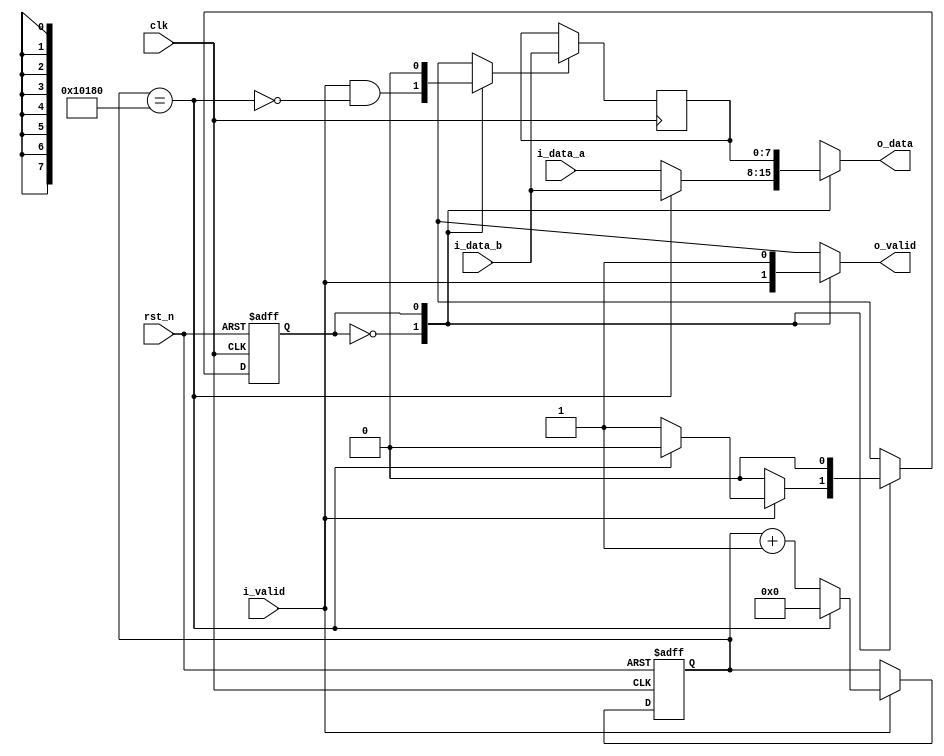
`timescale 1ns / 1ps

module pe_outcha_double_obuffer #(
    parameter DATA_WIDTH = 8,
    parameter IN_WIDTH   = 513,
    parameter IN_HEIGHT  = 257,
    parameter KERNEL_0   = 3,
    parameter KERNEL_1   = 3,
    parameter DILATION_0 = 2,
    parameter DILATION_1 = 2,
    parameter PADDING_0  = 2,
    parameter PADDING_1  = 2,
    parameter STRIDE_0   = 1,
    parameter STRIDE_1   = 1
)(
    output reg [DATA_WIDTH-1:0] o_data,
    output reg                  o_valid,
    input      [DATA_WIDTH-1:0] i_data_a,
    input      [DATA_WIDTH-1:0] i_data_b,
    input                       i_valid,
    input                       clk,
    input                       rst_n
);

    // If num output pixels is odd
    localparam OUT_HEIGHT = (IN_HEIGHT + 2 * PADDING_0 - DILATION_0 * (KERNEL_0 - 1) - 1) / STRIDE_0 + 1;
    localparam OUT_WIDTH  = (IN_WIDTH  + 2 * PADDING_1 - DILATION_1 * (KERNEL_1 - 1) - 1) / STRIDE_1 + 1;
    localparam OUT_PIXELS = OUT_HEIGHT * OUT_WIDTH;

    wire last_odd;

    generate
        if (OUT_PIXELS % 2) begin : gen0
            localparam COUNTER_MAX = (OUT_PIXELS + 1) / 2;

            reg [$clog2(COUNTER_MAX)-1:0] out_pixel_cnt;
            assign last_odd = out_pixel_cnt == COUNTER_MAX - 1;

            always @ (posedge clk or negedge rst_n) begin
                if (~rst_n) begin
                    out_pixel_cnt <= 0;
                end
                else if (i_valid) begin
                    out_pixel_cnt <= last_odd ? 0 : out_pixel_cnt + 1;
                end
            end
        end
        else begin : gen1
            assign last_odd = 1'b0;
        end
    endgenerate

    // Buffer
    reg [DATA_WIDTH-1:0] buffer;
    reg                  buffer_en;

    always @ (posedge clk) begin
        if (buffer_en) begin
            buffer <= i_data_b;
        end
    end

    // Control FSM
    localparam STATE_0 = 0;
    localparam STATE_1 = 1;

    reg [0:0] current_state;
    reg [0:0] next_state;

    always @ (posedge clk or negedge rst_n) begin
        if (~rst_n) begin
            current_state <= STATE_0;
        end
        else begin
            current_state <= next_state;
        end
    end

    always @ (*) begin
        case (current_state)
            STATE_0 : next_state <= i_valid ? (last_odd ? STATE_0 : STATE_1) : STATE_0;
            STATE_1 : next_state <= STATE_0;
            default : next_state <= STATE_0;
        endcase
    end

    // Output assignment
    always @ (*) begin
        case (current_state)
            STATE_0: begin
                o_data    <= last_odd ? i_data_b : i_data_a;
                o_valid   <= i_valid;
                buffer_en <= i_valid & ~last_odd;
            end

            STATE_1: begin
                o_data    <= buffer;
                o_valid   <= 1'b1;
                buffer_en <= 1'b0;
            end

            default: begin
                o_data    <= {DATA_WIDTH{1'bx}};
                o_valid   <= 1'b0;
                buffer_en <= 1'b0;
            end
        endcase
    end

endmodule